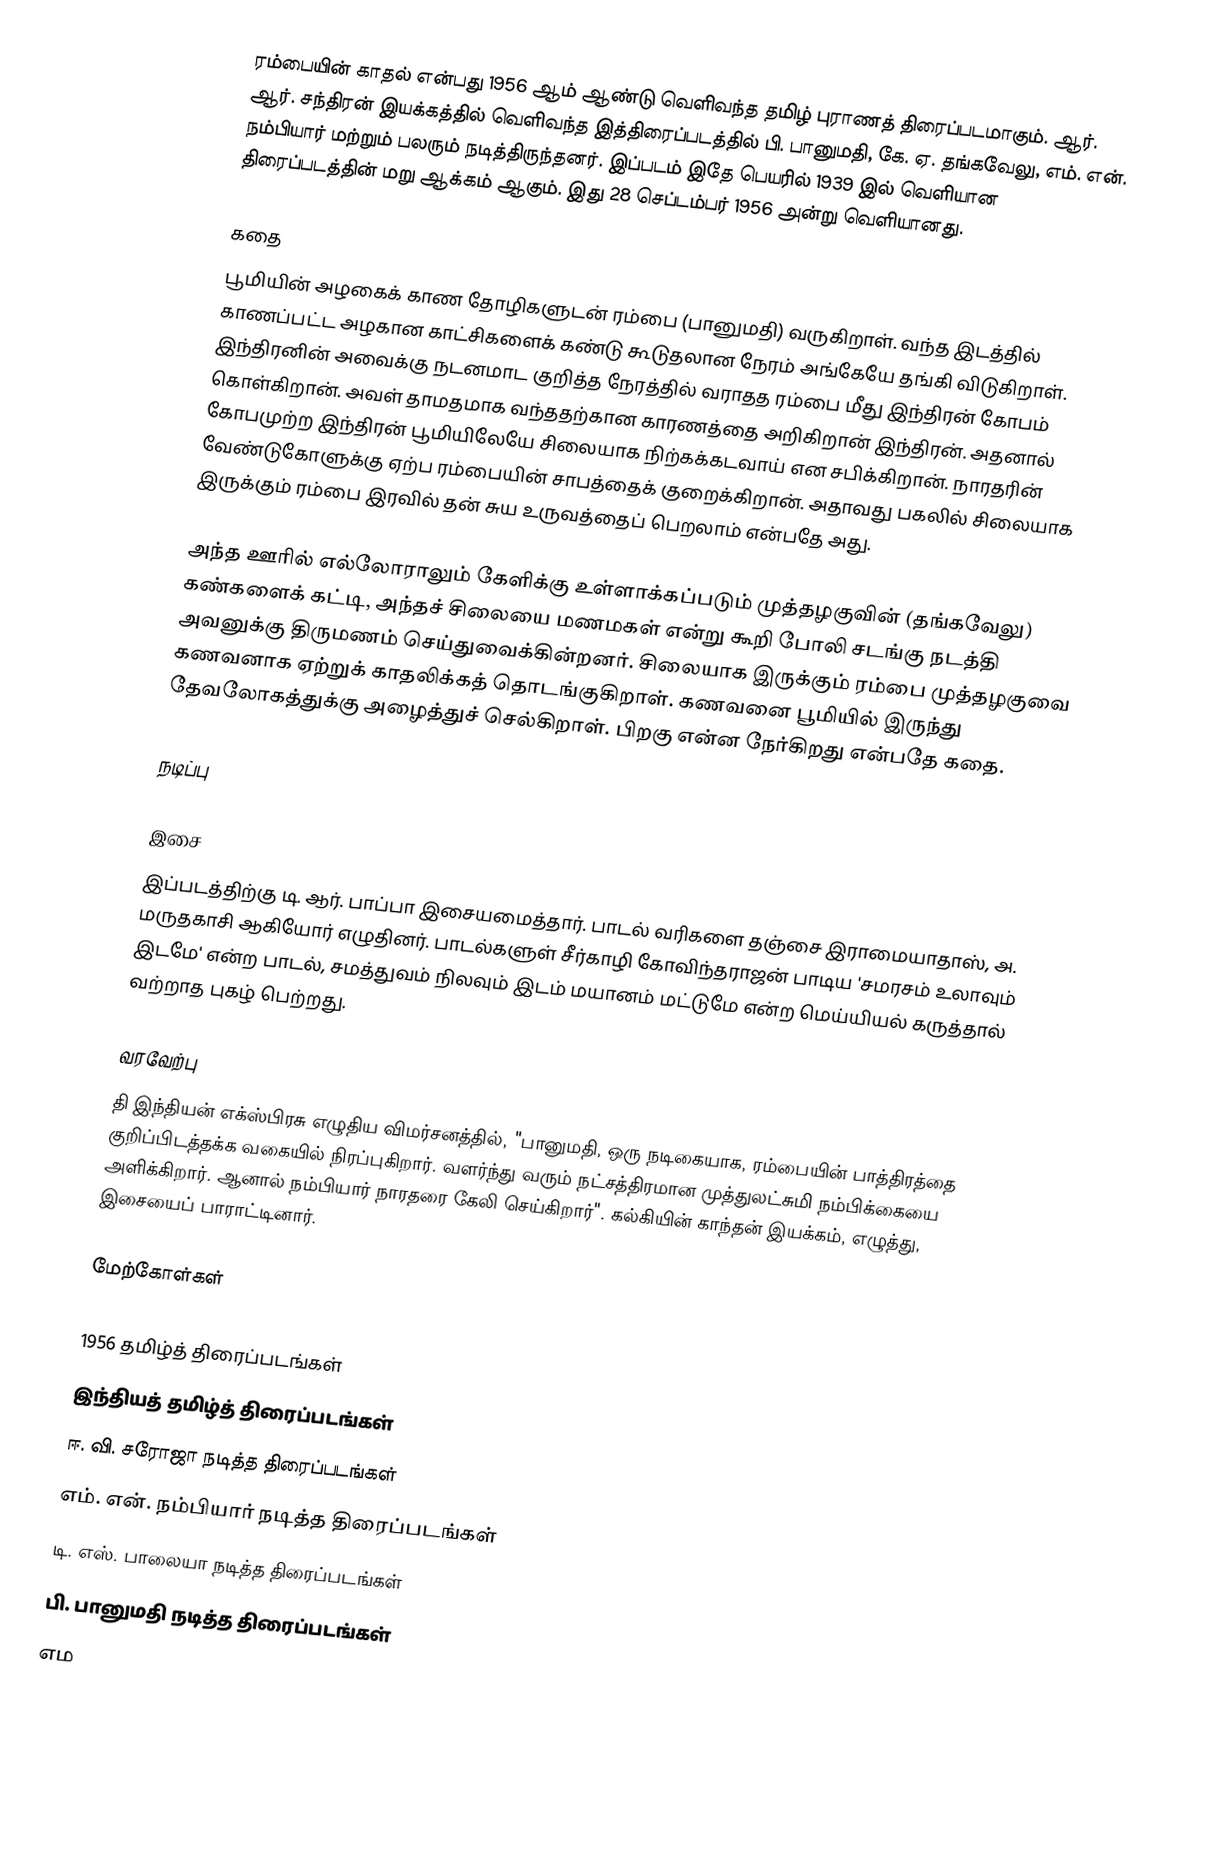
ரம்பையின் காதல் என்பது 1956 ஆம் ஆண்டு வெளிவந்த தமிழ் புராணத் திரைப்படமாகும். ஆர். ஆர். சந்திரன் இயக்கத்தில் வெளிவந்த இத்திரைப்படத்தில் பி. பானுமதி, கே. ஏ. தங்கவேலு, எம். என். நம்பியார் மற்றும் பலரும் நடித்திருந்தனர்.  இப்படம் இதே பெயரில்  1939 இல் வெளியான திரைப்படத்தின் மறு ஆக்கம் ஆகும்.  இது 28 செப்டம்பர் 1956 அன்று வெளியானது.

கதை
பூமியின் அழகைக் காண தோழிகளுடன் ரம்பை (பானுமதி) வருகிறாள். வந்த இடத்தில் காணப்பட்ட அழகான காட்சிகளைக் கண்டு கூடுதலான நேரம் அங்கேயே தங்கி விடுகிறாள். இந்திரனின் அவைக்கு நடனமாட குறித்த நேரத்தில் வராதத ரம்பை மீது இந்திரன் கோபம் கொள்கிறான். அவள் தாமதமாக வந்ததற்கான காரணத்தை அறிகிறான் இந்திரன். அதனால் கோபமுற்ற இந்திரன் பூமியிலேயே சிலையாக நிற்கக்கடவாய் என சபிக்கிறான். நாரதரின் வேண்டுகோளுக்கு ஏற்ப ரம்பையின் சாபத்தைக் குறைக்கிறான். அதாவது பகலில் சிலையாக இருக்கும் ரம்பை இரவில் தன் சுய உருவத்தைப் பெறலாம் என்பதே அது.

அந்த ஊரில் எல்லோராலும் கேளிக்கு உள்ளாக்கப்படும் முத்தழகுவின் (தங்கவேலு) கண்களைக் கட்டி, அந்தச் சிலையை மணமகள் என்று கூறி போலி சடங்கு நடத்தி அவனுக்கு திருமணம் செய்துவைக்கின்றனர். சிலையாக இருக்கும் ரம்பை முத்தழகுவை கணவனாக ஏற்றுக் காதலிக்கத் தொடங்குகிறாள். கணவனை பூமியில் இருந்து தேவலோகத்துக்கு அழைத்துச் செல்கிறாள். பிறகு என்ன நேர்கிறது என்பதே கதை.

நடிப்பு

இசை
இப்படத்திற்கு டி. ஆர். பாப்பா இசையமைத்தார். பாடல் வரிகளை தஞ்சை இராமையாதாஸ்,  அ. மருதகாசி ஆகியோர் எழுதினர். பாடல்களுள் சீர்காழி கோவிந்தராஜன் பாடிய 'சமரசம் உலாவும் இடமே' என்ற பாடல், சமத்துவம் நிலவும் இடம் மயானம் மட்டுமே என்ற மெய்யியல் கருத்தால் வற்றாத புகழ் பெற்றது.

வரவேற்பு
தி இந்தியன் எக்ஸ்பிரசு எழுதிய விமர்சனத்தில், "பானுமதி, ஒரு நடிகையாக, ரம்பையின் பாத்திரத்தை குறிப்பிடத்தக்க வகையில் நிரப்புகிறார். வளர்ந்து வரும் நட்சத்திரமான முத்துலட்சுமி நம்பிக்கையை அளிக்கிறார். ஆனால் நம்பியார் நாரதரை கேலி செய்கிறார்". கல்கியின் காந்தன் இயக்கம், எழுத்து, இசையைப் பாராட்டினார்.

மேற்கோள்கள்

1956 தமிழ்த் திரைப்படங்கள்
இந்தியத் தமிழ்த் திரைப்படங்கள்
ஈ. வி. சரோஜா நடித்த திரைப்படங்கள்
எம். என். நம்பியார் நடித்த திரைப்படங்கள்
டி. எஸ். பாலையா நடித்த திரைப்படங்கள்
பி. பானுமதி நடித்த திரைப்படங்கள்
எம